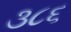
૩૮૬